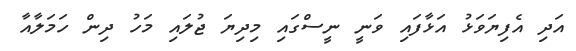
އަދި އެފިޔަވަޅު އަޅާފައި ވަނީ ނީސްގައި މިދިޔަ ޖުލައި މަހު ދިން ހަމަލާއާ